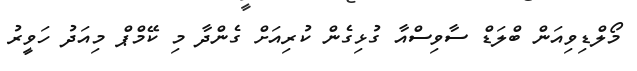
މޯލްޑިވިއަން ބްލަޑް ސާވިސްއާ ގުޅިގެން ކުރިއަށް ގެންދާ މި ކޭމްޕް މިއަދު ހަވީރު